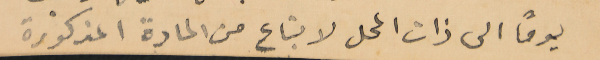
يومًا الى ذات المحل لابتاع من المادة المذكورة